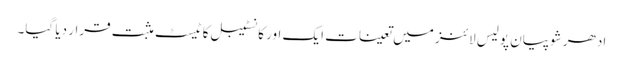
ادھر شوپیان پولیس لائنز میں تعینات ایک اور کانسٹیبل کا ٹیسٹ مثبت قرار دیا گیا۔